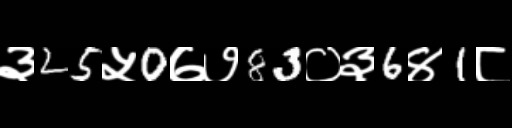
Text: ३25५0७७83०३6४1८